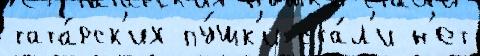
тата́рск'их пу́шк'и ста́л'и н'ет